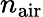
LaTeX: n_{\textrm{air}}